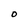
Character: O